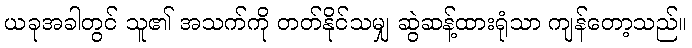
ယခုအခါတွင် သူ၏ အသက်ကို တတ်နိုင်သမျှ ဆွဲဆန့်ထားရုံသာ ကျန်တော့သည်။